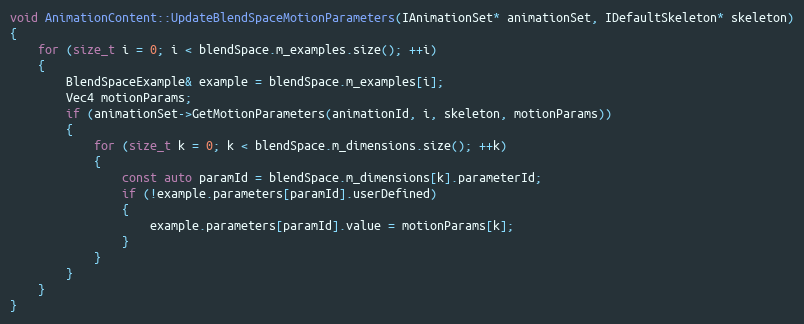
Language: C++
void AnimationContent::UpdateBlendSpaceMotionParameters(IAnimationSet* animationSet, IDefaultSkeleton* skeleton)
{
	for (size_t i = 0; i < blendSpace.m_examples.size(); ++i)
	{
		BlendSpaceExample& example = blendSpace.m_examples[i];
		Vec4 motionParams;
		if (animationSet->GetMotionParameters(animationId, i, skeleton, motionParams))
		{
			for (size_t k = 0; k < blendSpace.m_dimensions.size(); ++k)
			{
				const auto paramId = blendSpace.m_dimensions[k].parameterId;
				if (!example.parameters[paramId].userDefined)
				{
					example.parameters[paramId].value = motionParams[k];
				}
			}
		}
	}
}